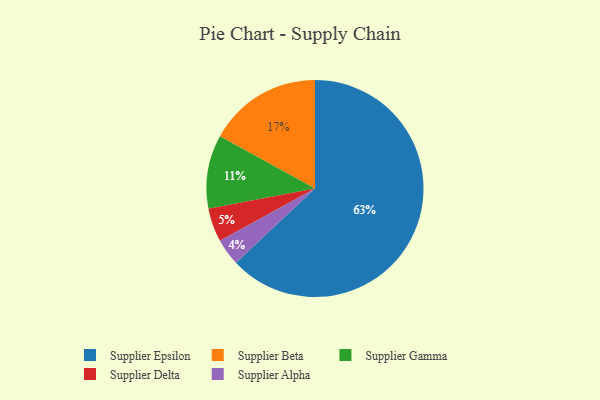
{"axis": {"x": "Category", "y": "Percentage"}, "legend": ["Supplier Alpha", "Supplier Beta", "Supplier Delta", "Supplier Epsilon", "Supplier Gamma"], "data": [{"x": "Supplier Alpha", "y": 4, "type": "Supplier Alpha"}, {"x": "Supplier Beta", "y": 17, "type": "Supplier Beta"}, {"x": "Supplier Delta", "y": 5, "type": "Supplier Delta"}, {"x": "Supplier Epsilon", "y": 63, "type": "Supplier Epsilon"}, {"x": "Supplier Gamma", "y": 11, "type": "Supplier Gamma"}]}